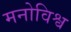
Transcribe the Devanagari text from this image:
मनोविश्व